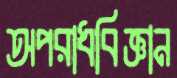
অপরাধবিজ্ঞান